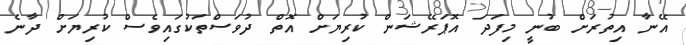
އޭނާ އިތުރަށް ބުނީ މިފަދަ އޮޕަރޭޝަން ކުރިޔަށް އޮތް ދުވަސްތަކުގައިވެސް ކުރިޔަށް ދާނެ